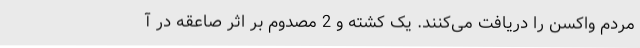
مردم واکسن را دریافت می‌کنند. یک کشته و 2 مصدوم بر اثر صاعقه در آ